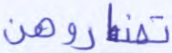
تضاروهن